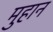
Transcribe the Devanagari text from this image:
मुहान